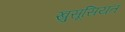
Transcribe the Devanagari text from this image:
खु़सूसियत